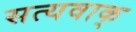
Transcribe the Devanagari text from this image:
सत्यवाक्‌